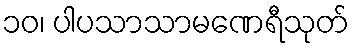
၁၀၊ ပါပသာသာမဏေရီသုတ်